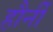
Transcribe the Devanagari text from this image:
हौर्नी